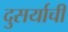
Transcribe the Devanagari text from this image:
दुसर्याची